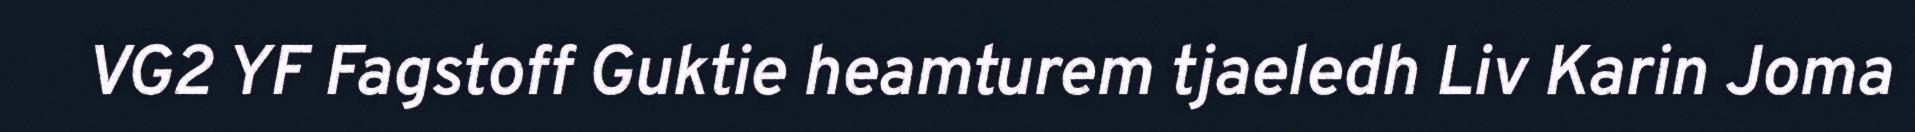
VG2 YF Fagstoff Guktie heamturem tjaeledh Liv Karin Joma